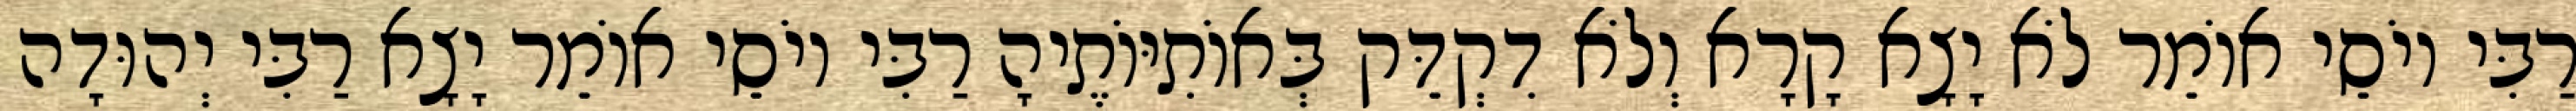
רַבִּי יוֹסֵי אוֹמֵר לֹא יָצָא קָרָא וְלֹא דִקְדֵּק בְּאוֹתִיּוֹתֶיהָ רַבִּי יוֹסֵי אוֹמֵר יָצָא רַבִּי יְהוּדָה